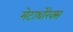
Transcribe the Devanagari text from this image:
मेटाथोरेक्स